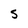
Character: S